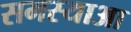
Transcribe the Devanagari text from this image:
समस्याआ